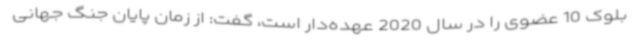
بلوک 10 عضوی را در سال 2020 عهده‌دار است، گفت: از زمان پایان جنگ جهانی